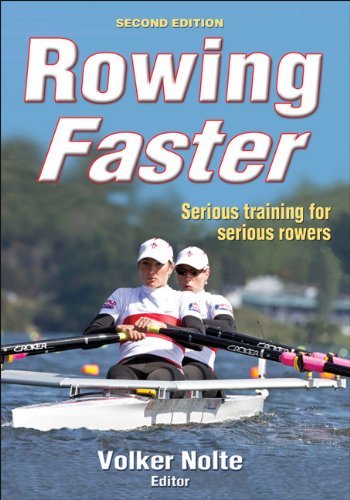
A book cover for Rowing Faster - 2nd Edition; Sports & Outdoors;